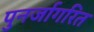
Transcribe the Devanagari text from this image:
पुनर्जागरित